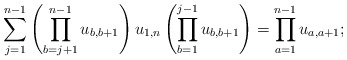
\begin{gather*} \sum_{j=1}^{n-1} \left( \prod_{b=j+1}^{n-1} u_{b,b+1} \right) u_{1,n}\left(\prod_{b=1}^{j-1} u_{b,b+1} \right)=\prod_{a=1}^{n-1} u_{a,a+1};\end{gather*}